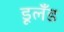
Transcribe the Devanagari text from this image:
डूलँड